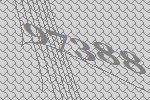
97388